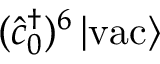
( \hat { c } _ { 0 } ^ { \dagger } ) ^ { 6 } \left| \mathrm { v a c } \right\rangle